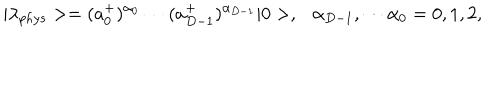
| \lambda _ { p h y s } > = ( a _ { 0 } ^ { + } ) ^ { \alpha _ { 0 } } \cdots ( a _ { D - 1 } ^ { + } ) ^ { \alpha _ { D - 1 } } | 0 > , \ \ \ \alpha _ { D - 1 } , \cdots \alpha _ { 0 } = 0 , 1 , 2 ,